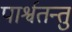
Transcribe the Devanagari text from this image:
पार्श्वतन्तु